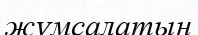
жұмсалатын